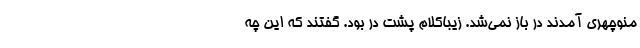
منوچهری آمدند در باز نمی‌شد. زیباکلام پشت در بود. گفتند که این چه